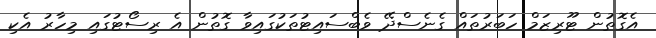
އެގޮތުން ޓޫރިޒަމް ހަބަރުތައް ގެނެސްދޭ ވެބްސައިޓުތަކުގައިވާ ގޮތުން އެ ރިސޯޓުގައި މިހާރު އެކި